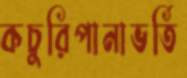
কচুরিপানাভর্তি